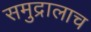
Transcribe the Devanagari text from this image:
समुद्रालाच